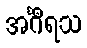
အင်္ဂီရသ